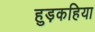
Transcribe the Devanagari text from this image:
हुड़कहिया